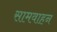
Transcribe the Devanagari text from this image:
सामवाहन